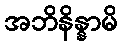
အဘိနိန္နာမိ